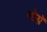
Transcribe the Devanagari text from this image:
मोय़ॅ